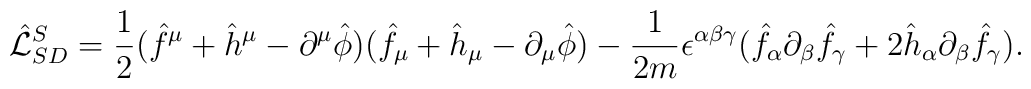
\hat{\cal {L}}_{SD}^S=\frac{1}{2}(\hat f^\mu +\hat h^\mu -\partial^{\mu} \hat \phi )( \hat f_\mu +\hat h_\mu -\partial_{\mu}\hat\phi )-\frac{1}{2m}\epsilon^{\alpha\beta\gamma}(\hat f_{\alpha}\partial_{\beta}\hat f_{\gamma}+2\hat h_{\alpha}\partial_{\beta}\hat f_{\gamma}).